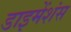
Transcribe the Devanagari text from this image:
डाइमेंशंस